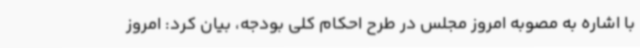
با اشاره به مصوبه امروز مجلس در طرح احکام کلی بودجه، بیان کرد: امروز